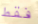
فقط